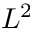
L ^ { 2 }